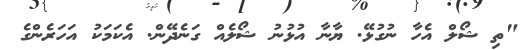
"ތި ޝޯލް އެހާ ނުގުޅޭ. ޔާނާ އުޅުނު ޝޯލެއް ގަނެދޭން. އެކަމަކު އަހަރެންގެ